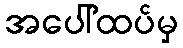
အပေါ်ထပ်မှ